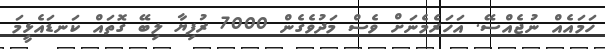
ހަމައެއް ނުޖެއްސޭ. އަހަރެމެނަށް ވެސް މަދުވެގެން 7000 ރުފިޔާ ލިބޭ ގޮތައް ކަނޑައެޅީމަ